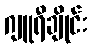
ဂျူရီချိုင်း